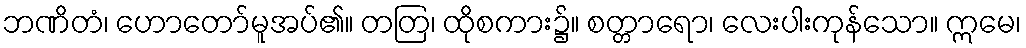
ဘဏိတံ၊ ဟောတော်မူအပ်၏။ တတြ၊ ထိုစကား၌။ စတ္တာရော၊ လေးပါးကုန်သော။ ဣမေ၊